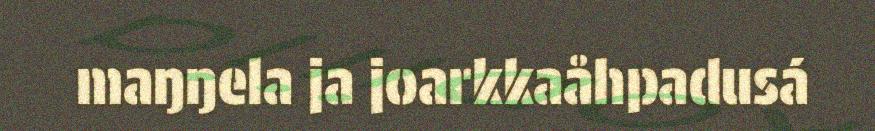
maŋŋela ja joarkkaåhpadusá